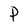
Character: P